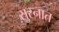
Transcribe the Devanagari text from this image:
सुस्नात